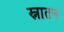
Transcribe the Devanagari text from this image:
स्नातन